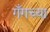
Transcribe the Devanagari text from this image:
गँगच्या